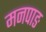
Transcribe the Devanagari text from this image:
मनपाङ